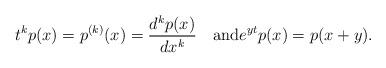
LaTeX: \begin{align*}t^k p(x)=p^{(k)}(x)=\frac{d^k p(x)}{d x^k}\quad\hbox{and}e^{yt}p(x)=p(x+y).\end{align*}